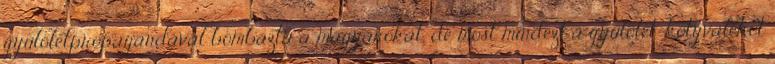
gyűlöletpropagandával bombázta a magyarokat, de most mindezt a gyűlölet-kotyvalékot